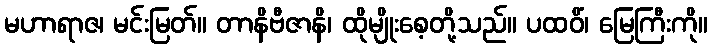
မဟာရာဇ၊ မင်းမြတ်။ တာနိဗီဇာနိ၊ ထိုမျိုးစေ့တို့သည်။ ပထဝိံ၊ မြေကြီးကို။